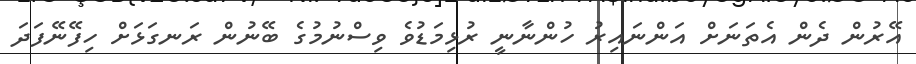
އޭރުން ދެން އެތަނަށް އަންނައިރު ހުންނާނީ ރުޅިމަޑުވެ ވިސްނުމުގެ ބޭނުން ރަނގަޅަށް ހިފޭނޭފަދަ